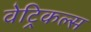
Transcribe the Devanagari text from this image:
वेट्रिकल्स